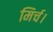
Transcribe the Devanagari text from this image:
मिर्च।